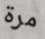
مرة